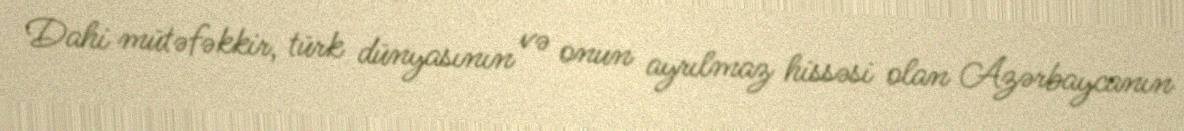
Dahi mütəfəkkir, türk dünyasının və onun ayrılmaz hissəsi olan Azərbaycanın